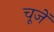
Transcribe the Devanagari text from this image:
चूजें